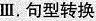
Ⅲ.句型转换